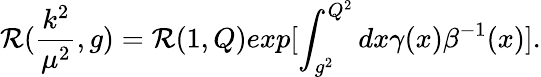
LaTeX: \mathcal{R}(\frac{{k^{2}}}{{{\mu}^{2}}},g)=\mathcal{R}(1,Q)exp[\int_{g^{2}}^{Q^{2}}dx\gamma(x){\beta}^{-1}(x)].